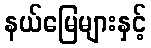
နယ်မြေများနှင့်